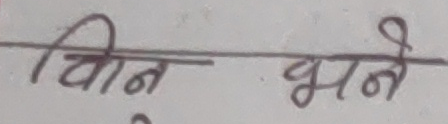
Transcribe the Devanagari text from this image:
चिन भने